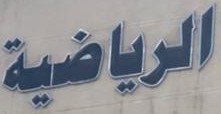
الرياضية